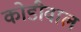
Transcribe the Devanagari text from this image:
कोडीवाल